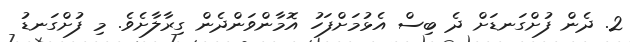
2. ދެން ފުށްގަނޑަށް ދެ ބިސް އެޅުމަށްފަހު އޮމާންވަންދެން ގިރާލާށެވެ. މި ފުށްގަނޑު